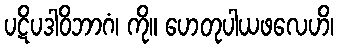
ပဋိပဒါဝိဘာဂံ၊ ကို။ ဟေတုပါယဖလေဟိ၊